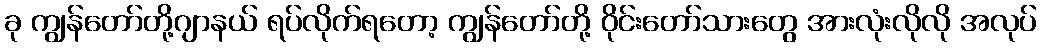
ခု ကျွန်တော်တို့ဂျာနယ် ရပ်လိုက်ရတော့ ကျွန်တော်တို့ ဝိုင်းတော်သားတွေ အားလုံးလိုလို အလုပ်